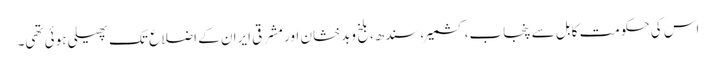
اس کی حکومت کابل سے پنجاب،کشمیر،سندھ،بلخ وبدخشان اور مشرقی ایران کے اضلاع تک پھیلی ہوئی تھی۔